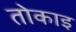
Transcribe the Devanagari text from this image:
तोकाइ